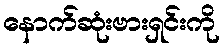
နောက်ဆုံးဗားရှင်းကို